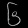
Digit: ၆